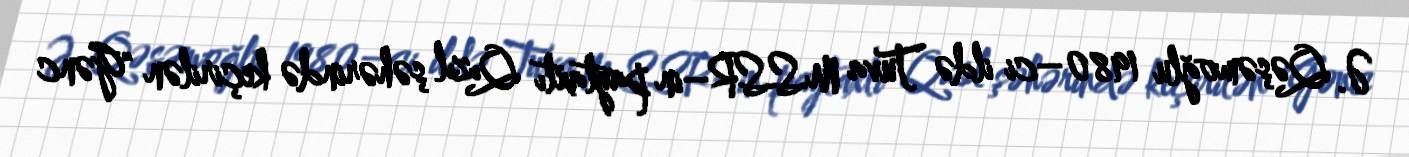
Ə. Qəşəmoğlu 1980–ci ildə Tuva MSSR–in paytaxtı Qızıl şəhərində keçirilən "Gənc